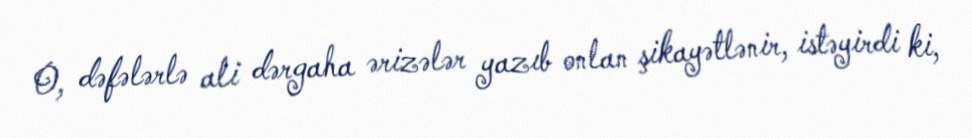
O, dəfələrlə ali dərgaha ərizələr yazıb onlan şikayətlənir, istəyirdi ki,